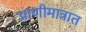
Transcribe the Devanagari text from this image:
प्राणीमात्रात